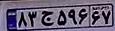
۸۳ج۵۹۶۶۷